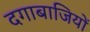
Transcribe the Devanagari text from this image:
दगाबाजियों